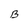
Character: B